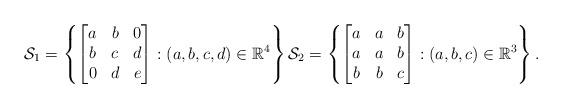
LaTeX: \begin{align*} \mathcal{S}_1 = \left\{ \begin{bmatrix} a & b & 0 \\ b & c & d \\ 0 & d & e \end{bmatrix} : (a,b,c,d) \in \mathbb{R}^4 \right\} \mathcal{S}_2 = \left\{ \begin{bmatrix} a & a & b \\ a & a & b \\ b & b & c \end{bmatrix} : (a,b,c) \in \mathbb{R}^3 \right\}. \end{align*}